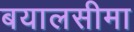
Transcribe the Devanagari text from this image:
बयालसीमा